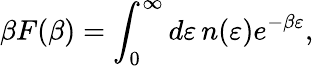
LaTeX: \beta F(\beta)=\int_{0}^{\infty}d\varepsilon\, n(\varepsilon)e^{-\beta\varepsilon},